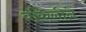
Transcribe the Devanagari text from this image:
वकिलीने